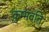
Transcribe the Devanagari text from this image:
कुम्भवति